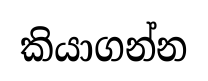
කියාගන්න